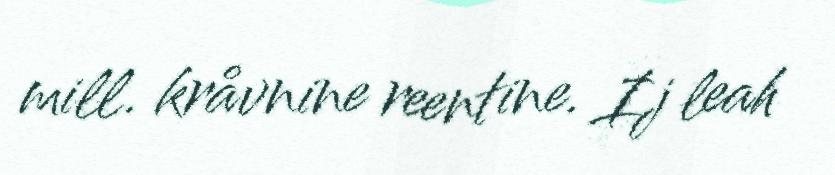
mill. kråvnine reentine. Ij leah